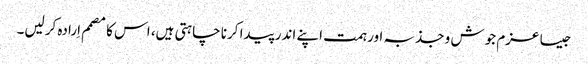
جیسا عزم جوش و جذبہ اور ہمت اپنے اندر پیدا کرنا چاہتی ہیں، اس کا مصمم اِرادہ کرلیں۔